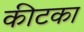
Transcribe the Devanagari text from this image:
कीटका